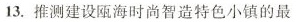
13.推测建设瓯海时尚智造特色小镇的最